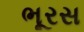
ભૂરસ